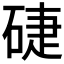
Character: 𥓐